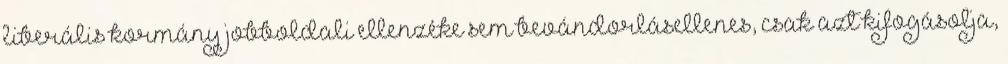
liberális kormány jobboldali ellenzéke sem bevándorlásellenes, csak azt kifogásolja,